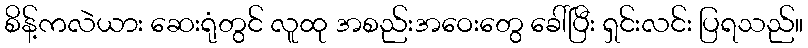
စိန့်ကလဲယား ဆေးရုံတွင် လူထု အစည်းအဝေးတွေ ခေါ်ပြီး ရှင်းလင်း ပြရသည်။